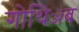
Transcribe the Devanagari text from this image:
गोथिॲब